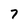
Character: 7